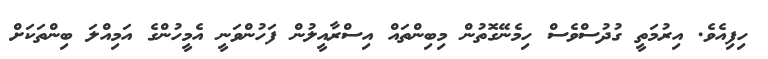
ހިފިއެވެ. އިރުމަތީ ގުދުސްވެސް ހިމެނޭގޮތުން މިބިންތައް އިސްރާއީލުން ފަހުންވަނީ އެމީހުންގެ އަމިއްލަ ބިންތަކަށް